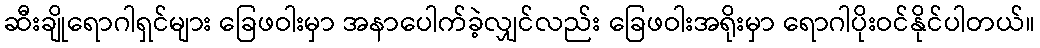
ဆီးချိုရောဂါရှင်များ ခြေဖဝါးမှာ အနာပေါက်ခဲ့လျှင်လည်း ခြေဖဝါးအရိုးမှာ ရောဂါပိုးဝင်နိုင်ပါတယ်။